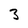
Character: 3